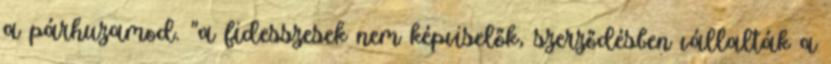
a párhuzamod. "a fidesszesek nem képviselők, szerződésben vállalták a